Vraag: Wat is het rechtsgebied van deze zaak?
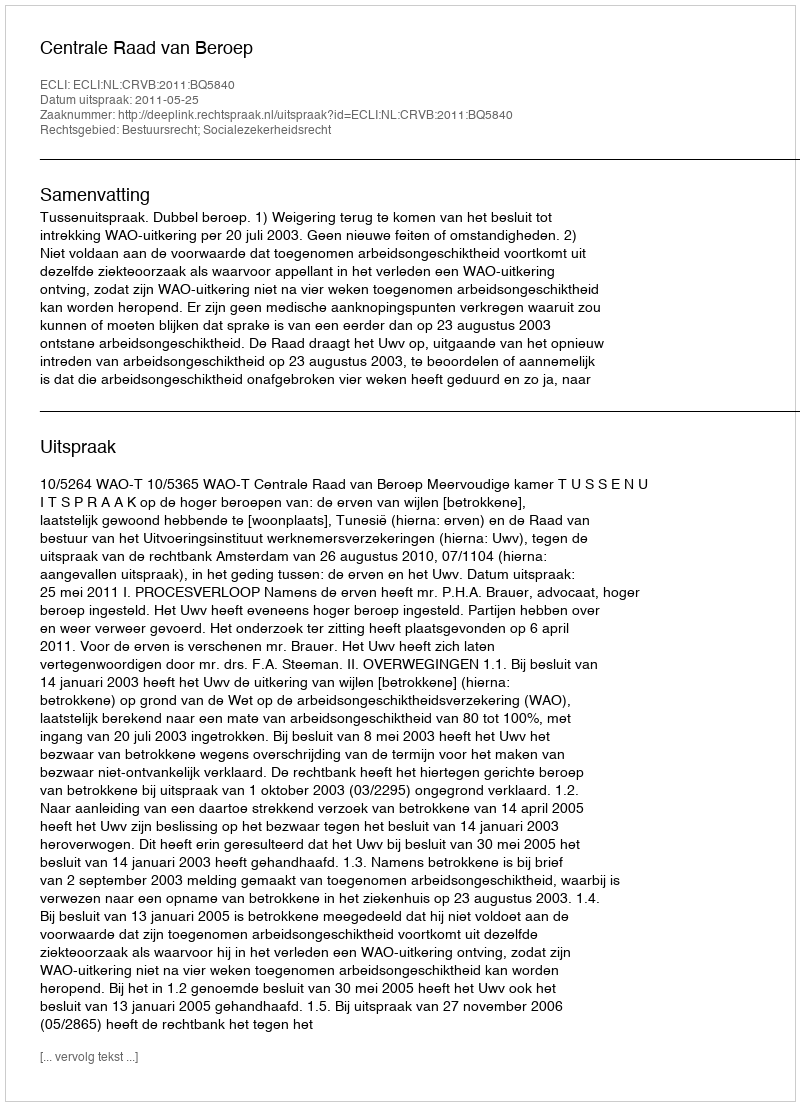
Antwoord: Bestuursrecht; Socialezekerheidsrecht